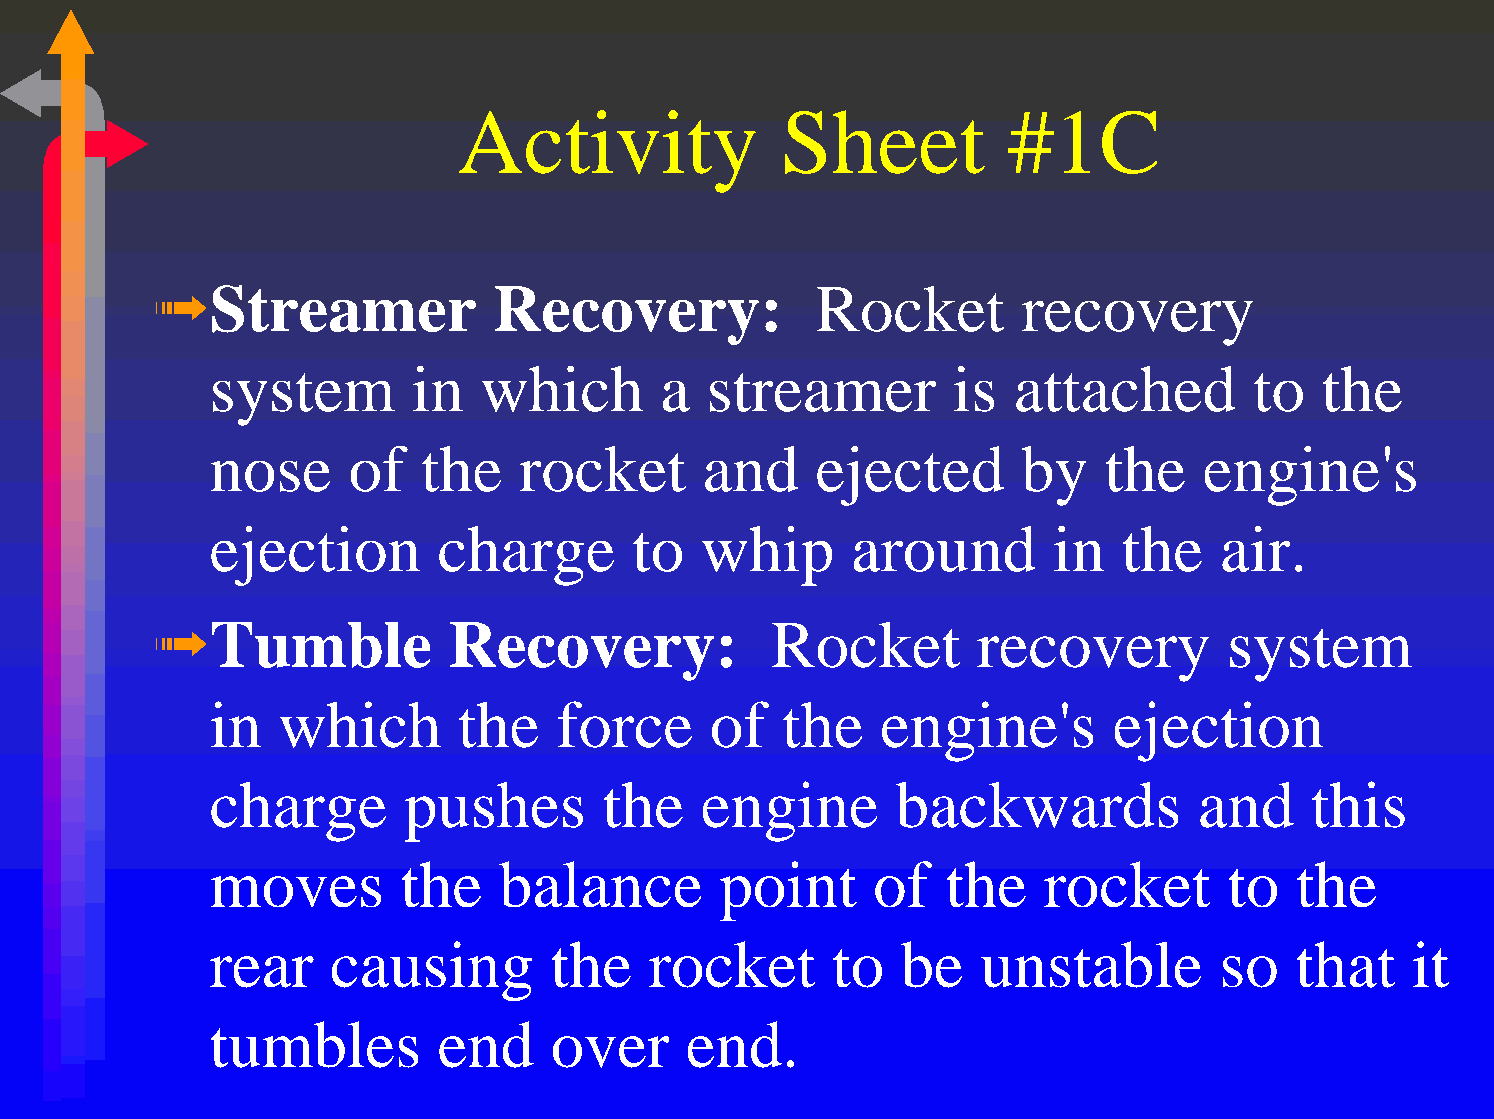
Activity              Sheet          #1C
 ➟
 Streamer           Recovery:            Rocket        recovery
 system       in   which       a  streamer        is  attached        to   the
 nose     of   the   rocket       and    ejected       by   the    engine's
 ejection       charge       to  whip      around        in  the    air.
 ➟
 Tumble          Recovery:            Rocket        recovery        system
 in   which      the    force     of   the   engine's        ejection
 charge       pushes       the    engine      backwards           and     this
 moves        the   balance        point     of   the   rocket      to   the
 rear    causing        the   rocket      to   be   unstable        so   that    it
 tumbles        end     over     end.